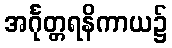
အင်္ဂုတ္တရနိကာယ၌